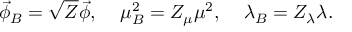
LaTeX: \vec { \phi } _ { B } = \sqrt { Z } \vec { \phi } , \; \; \; \; \mu _ { B } ^ { 2 } = Z _ { \mu } \mu ^ { 2 } , \; \; \; \; \lambda _ { B } = Z _ { \lambda } \lambda .